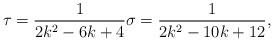
LaTeX: \begin{align*}\tau=\frac{1}{2k^2-6k+4}\sigma=\frac{1}{2k^2-10k+12},\end{align*}